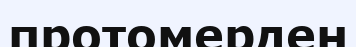
протомерден